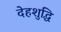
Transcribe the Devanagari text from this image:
देहशुद्धि